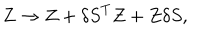
LaTeX: Z \rightarrow Z + { \delta S } ^ { T } Z + Z \delta S ,